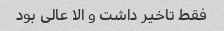
فقط تاخیر داشت و الا عالی بود